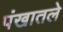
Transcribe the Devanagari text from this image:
पंखातले